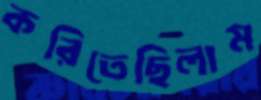
করিতেছিলাম